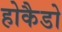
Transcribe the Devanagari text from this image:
होकैडो